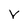
Character: V